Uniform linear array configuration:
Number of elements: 64
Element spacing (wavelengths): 0.5
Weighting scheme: blackman
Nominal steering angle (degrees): -15
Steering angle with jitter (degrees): -16.304
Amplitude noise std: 0.05
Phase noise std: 0.05

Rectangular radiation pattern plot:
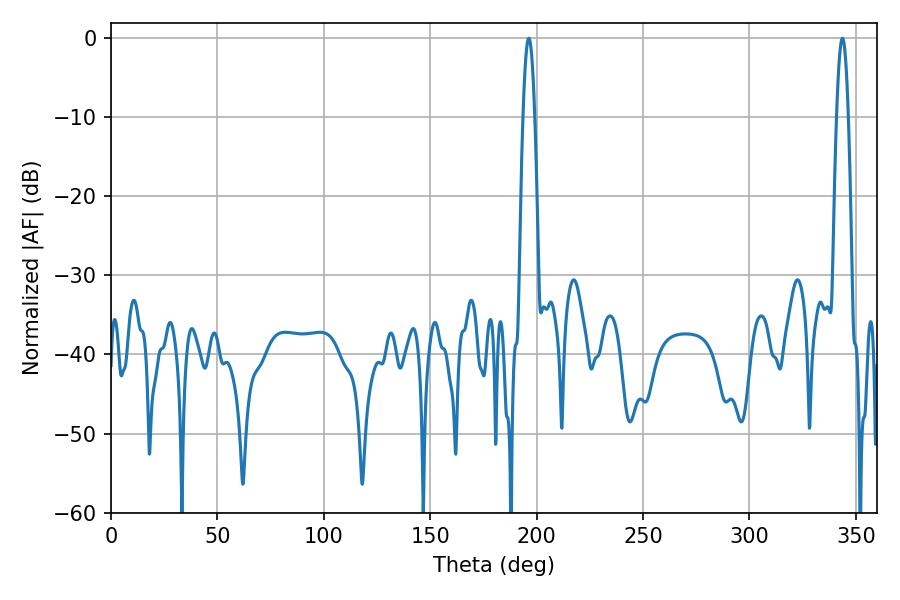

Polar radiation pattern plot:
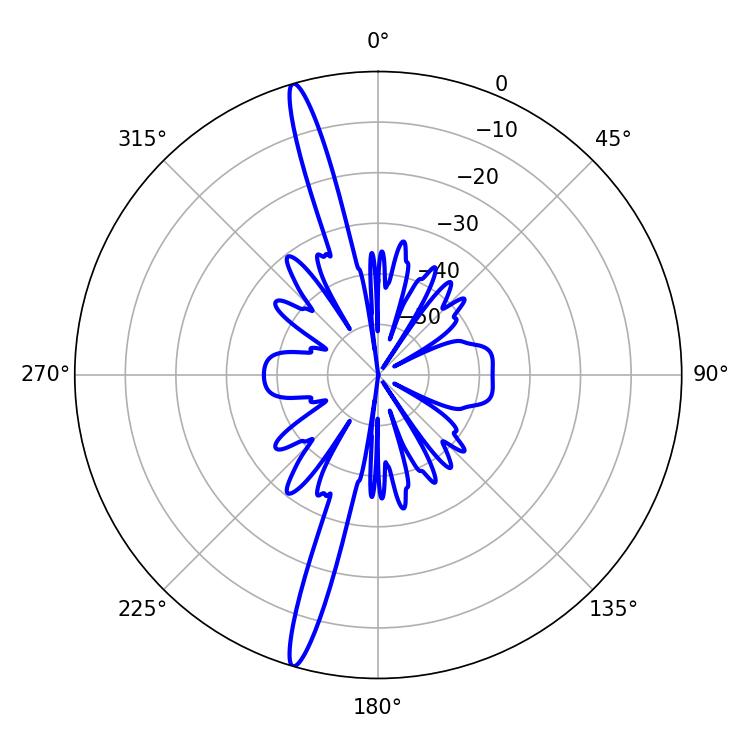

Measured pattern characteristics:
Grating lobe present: FALSE
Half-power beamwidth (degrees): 3.06
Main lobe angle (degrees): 343.62